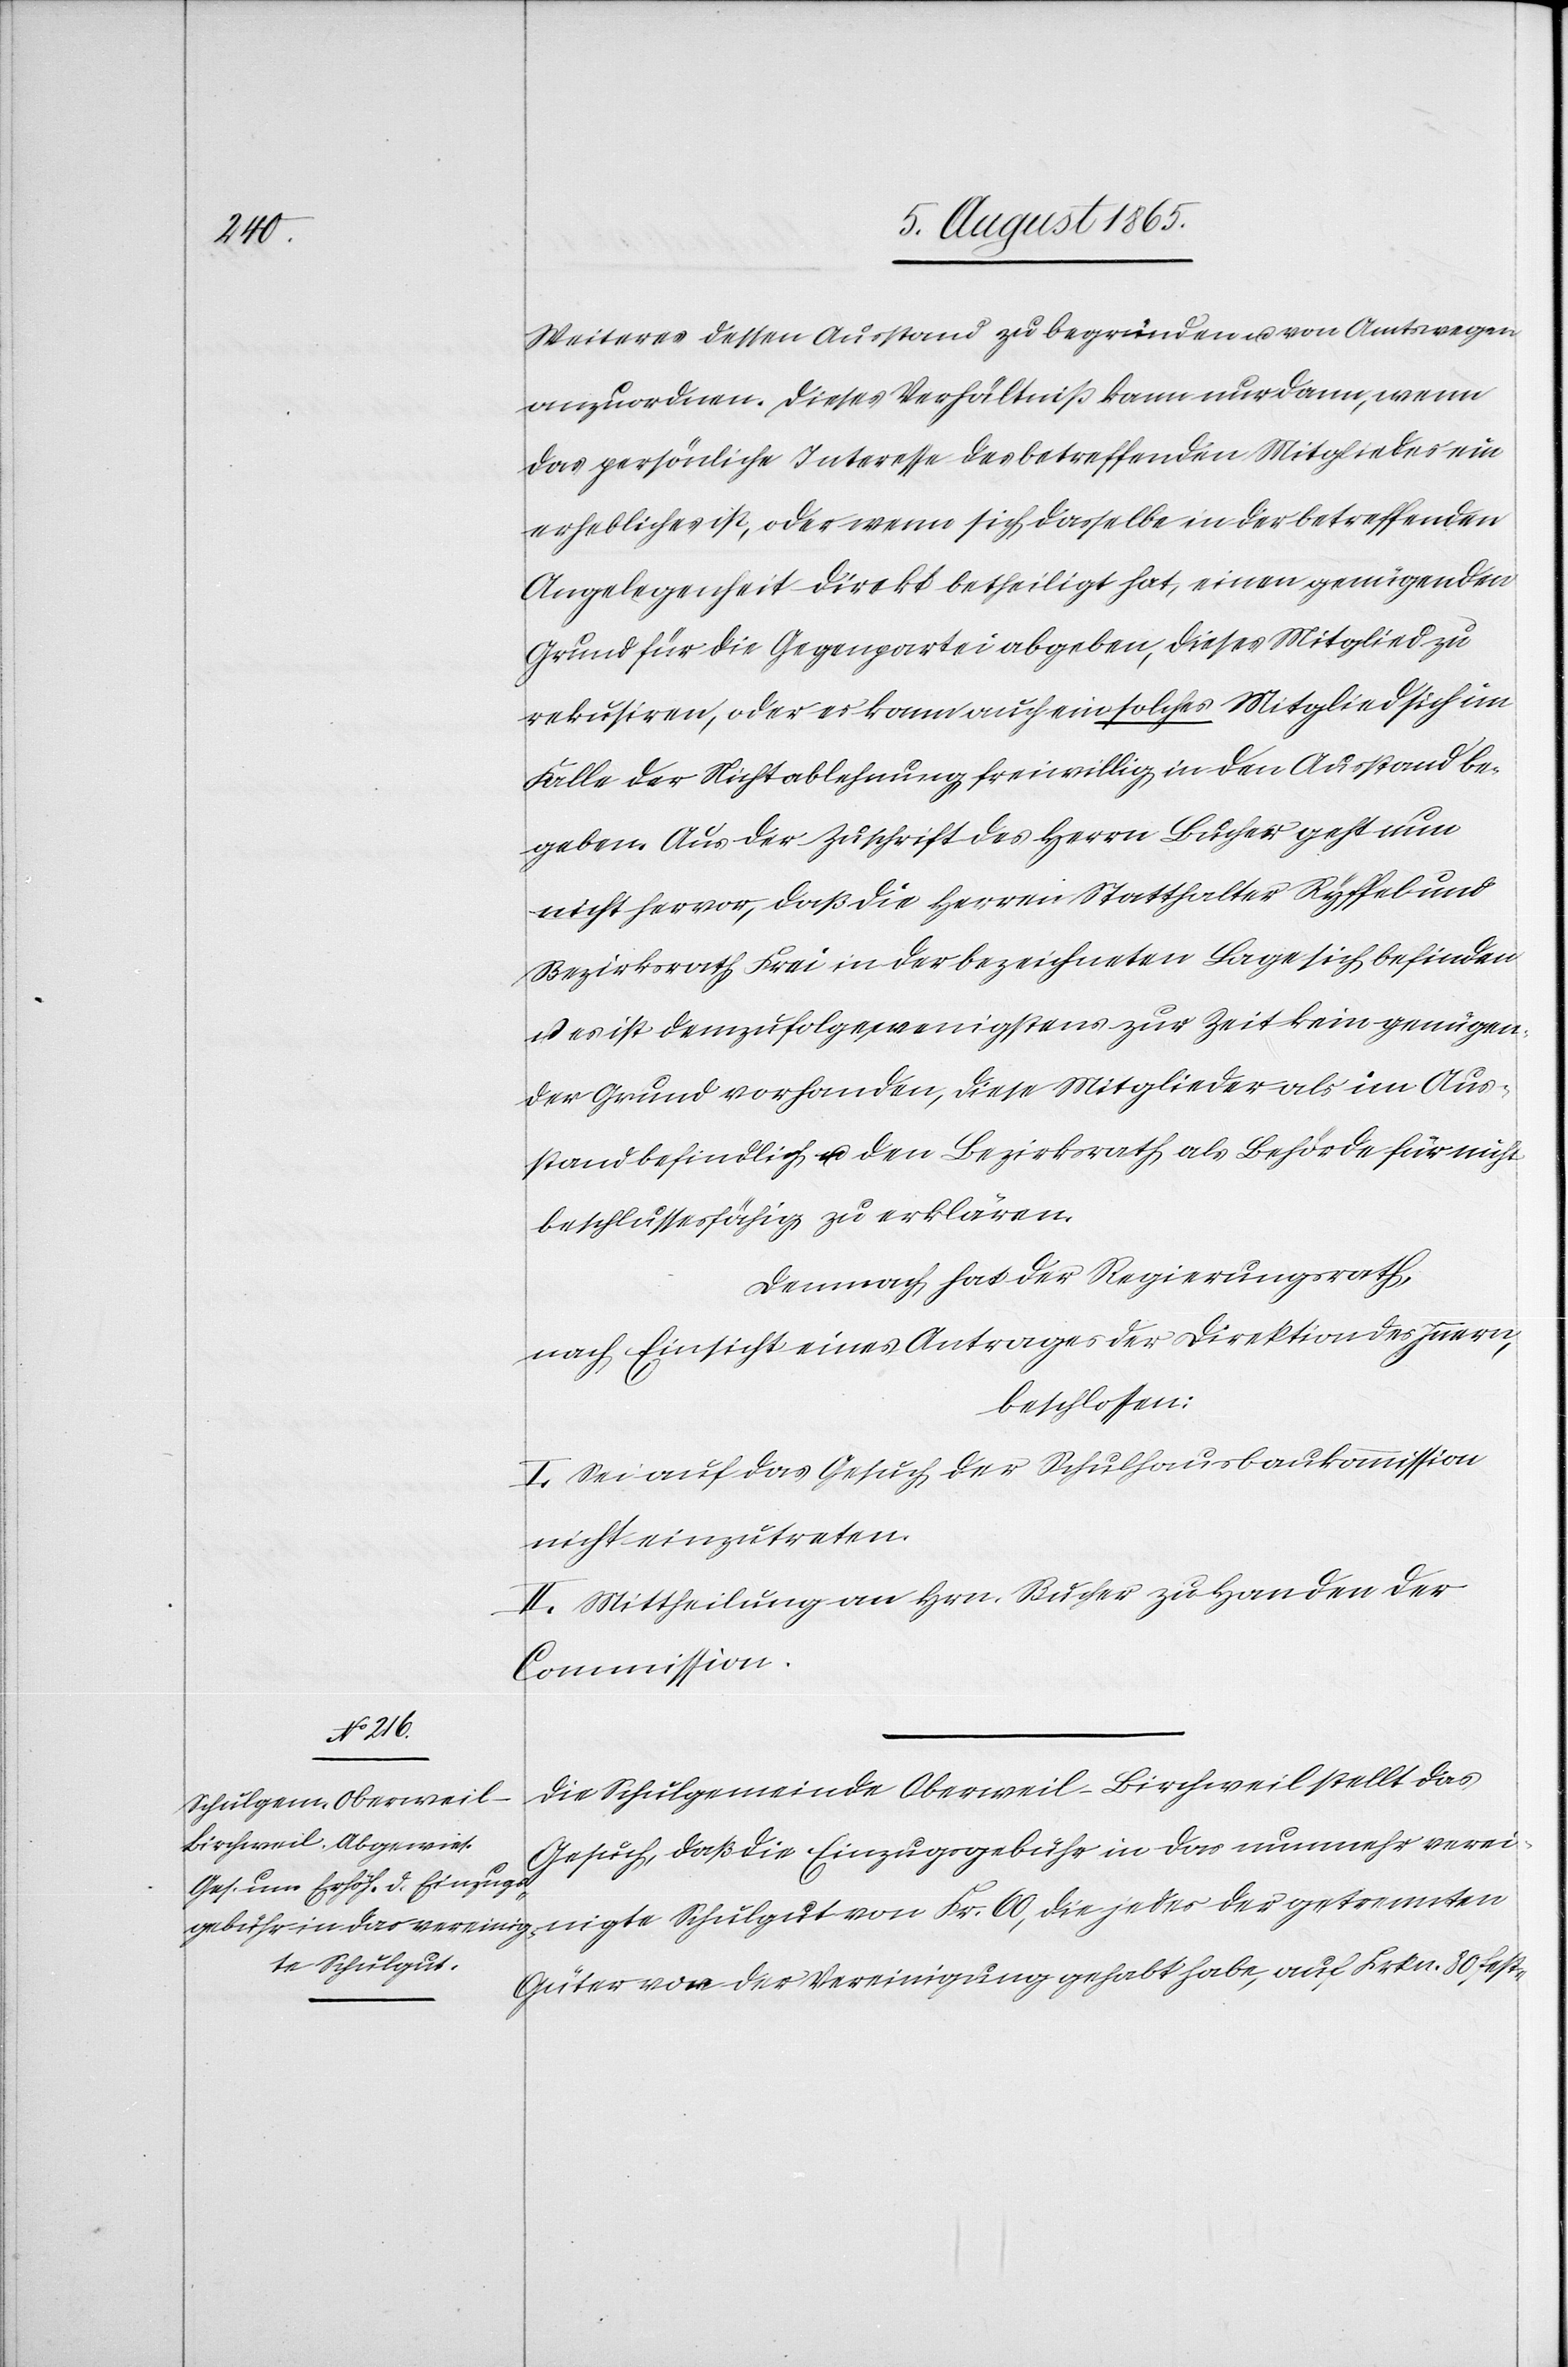
Weiteres dessen Ausstand zu begründen u. von Amtswegen
anzuordnen. Dieses Verhältniß kann nur dann, wenn
das persönliche Interesse des betreffenden Mitgliedes ein
erhebliches ist, oder wenn sich dasselbe in der betreffenden
Angelegenheit direkt betheiligt hat, einen genügenden
Grund für die Gegenpartei abgeben, dieses Mitglied zu
rekursiren, oder es kann auch ein solches Mitglied sich im
Falle der Nichtablehnung freiwillig in den Ausstand be¬
geben. Aus der Zuschrift des Herrn Bucher geht nun
nicht hervor, daß die Herren Statthalter Ryffel und
Bezirksrath Frei in der bezeichneten Lage sich befinden
u. es ist demzufolge, wenigstens zur Zeit kein genügen¬
der Grund vorhanden, diese Mitglieder als im Aus¬
stand befindlich u. den Bezirksrath als Behörde für nicht
beschlussesfähig zu erklären.
Demnach hat der Regierungsrath,
nach Einsicht eines Antrages der Direktion des Innern,
beschlossen:
I. Sei auf das Gesuch der Schulhausbaukommission
nicht einzutreten.
II. Mittheilung an Hrn. Bucher zu Handen der
Commission.
Die Schulgemeinde Oberweil-Birchweil stellt das
Gesuch, daß die Einzugsgebühr in das nunmehr verei¬
nigte Schulgut von Fr. 60, die jedes der getrennten
Güter vor der Vereinigung gehabt habe, auf Frkn. 80 fest-